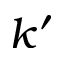
k ^ { \prime }